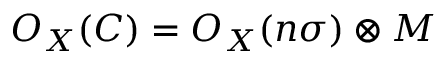
{ \cal { O } } _ { X } ( C ) = { \cal { O } } _ { X } ( n \sigma ) \otimes { \cal { M } }